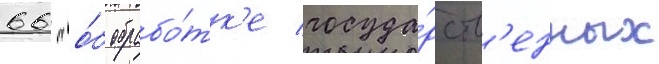
66 "о́б обрабо́тк'е госуда́рств'енных